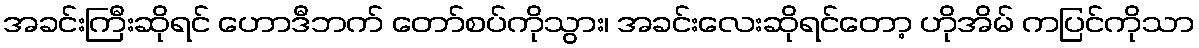
အခင်းကြီးဆိုရင် ဟောဒီဘက် တော်စပ်ကိုသွား၊ အခင်းလေးဆိုရင်တော့ ဟိုအိမ် ကပြင်ကိုသာ